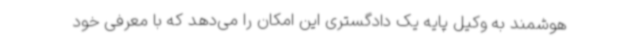
هوشمند به وکیل پایه یک دادگستری این امکان را می‌دهد که با معرفی خود